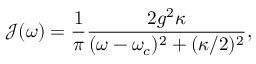
\mathcal { J } ( \omega ) = \frac { 1 } { \pi } \frac { 2 g ^ { 2 } \kappa } { ( \omega - \omega _ { c } ) ^ { 2 } + ( \kappa / 2 ) ^ { 2 } } ,